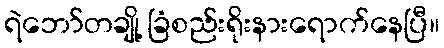
ရဲဘော်တချို့ ခြံစည်းရိုးနားရောက်နေပြီ။